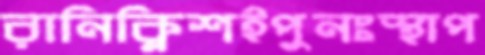
রানিক্লিশইপুনঃস্থাপ